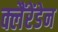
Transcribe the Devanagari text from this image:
क्लैंरेंडेन